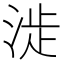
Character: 𣶵